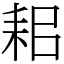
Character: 耜